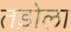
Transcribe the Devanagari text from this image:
तड़ोला